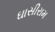
ઘાસીરામ